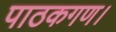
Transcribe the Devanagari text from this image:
पाठकगण।